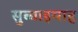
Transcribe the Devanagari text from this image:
सुब्बाइयाह